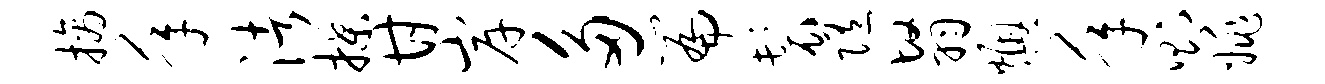
摘年渚揲甘岸多篇鬟随翳燠年则姚